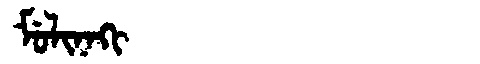
Manchu: ᠮᡠᠯᡳᠨᠠᡴᡳ
Romanization: MULINAKI